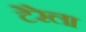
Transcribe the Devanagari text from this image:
टेरेला